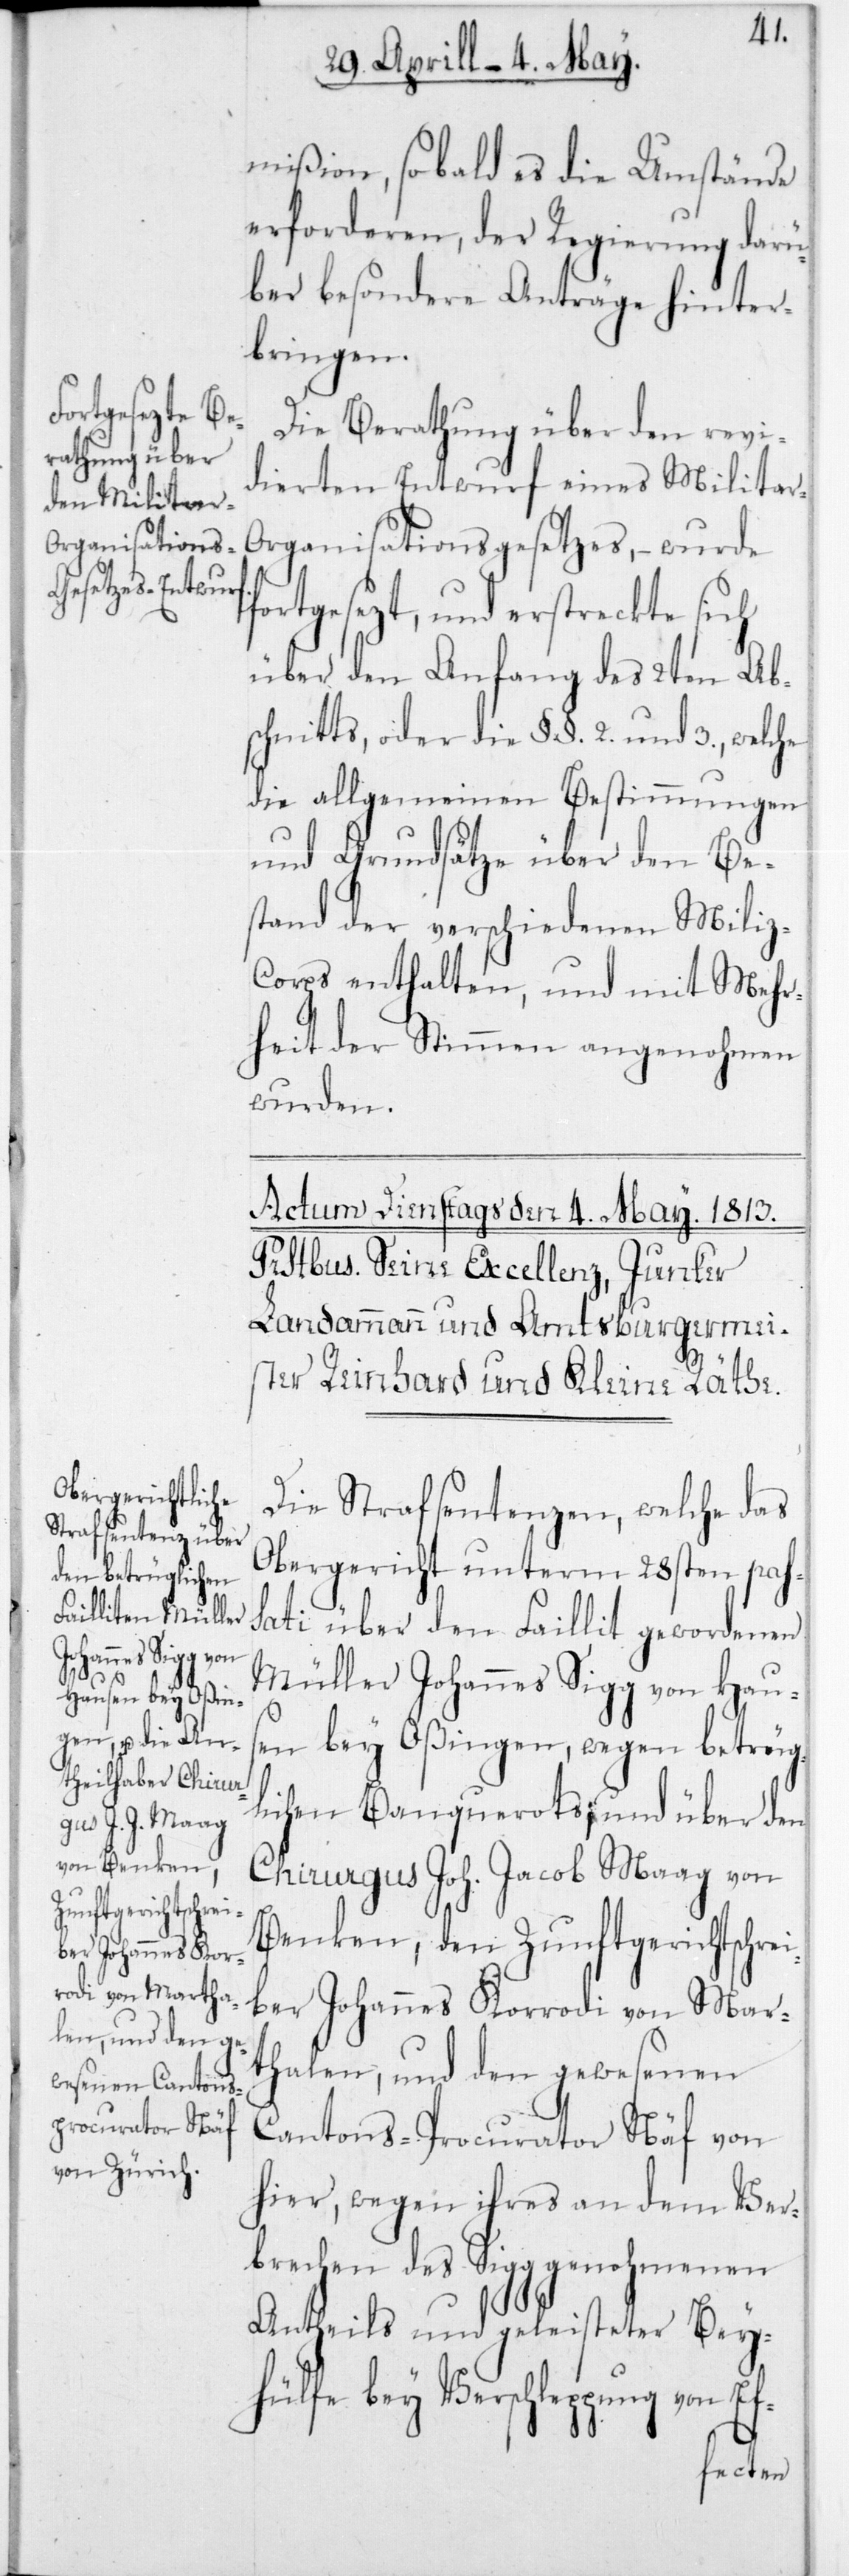
ei¬

mißion, sobald es die Umstände
erforderen, der Regierung darü¬
ber besondere Anträge hinter¬
bringen.
Die Berathung über den revi¬
dierten Entwurf eines Militar-O¬
rganistations-Gesetzes, – wurde
fortgesezt, und erstreckte sich
über den Anfang des 2ten Ab¬
schnitts, oder die §§ 2 und 3, welche
die allgemeinen Bestimmungen
und Grundsätze über den Be¬
stand der verschiedenen Mili¬
z-Corps enthalten, und mit Mehr¬
heit der Stimmen angenohmen
wurden.
Die Strafsentenzen, welche das
Obergericht unterm 28sten pas¬
sati über den Fallit gewordenen
Müller Johannes Sigg von Haus¬
en bey Oßingen, wegen betrüg¬
lichen Banquerots; und über den
Chirurgus Joh. Jacob Maag von
Benken, den Zunftgerichtschr¬
ber Johannes Korrodi von Mar¬
thalen, und den gewesenen
Cantons-Procurator Näf von
hier, wegen ihres an dem Ver¬
brechen des Sigg genohmenen
Antheils und geleisteter Bei¬
hülfe bey Verschleppung von